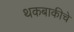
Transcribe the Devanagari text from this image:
थकबाकीचे